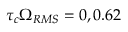
\tau _ { c } \Omega _ { R M S } = 0 , 0 . 6 2